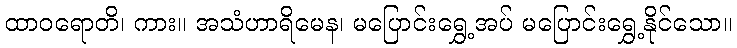
ထာဝရောတိ၊ ကား။ အသံဟာရိမေန၊ မပြောင်းရွှေ့အပ် မပြောင်းရွှေ့နိုင်သော။